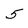
Character: 5